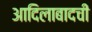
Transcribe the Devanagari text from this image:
आदिलाबादची